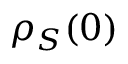
\rho _ { S } ( 0 )